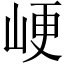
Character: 峺